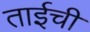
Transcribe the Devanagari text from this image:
ताईची